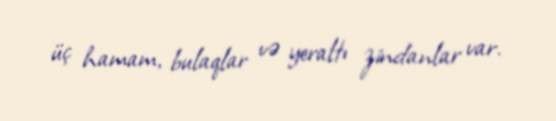
üç hamam, bulaqlar və yeraltı zindanlar var.